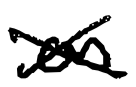
Text: on
Cross-out: cross
Writing tool: digital_black